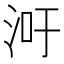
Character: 𬇢